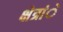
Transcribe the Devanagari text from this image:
क्षेत्रांे